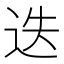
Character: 迭